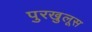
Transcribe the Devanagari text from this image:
पुरखुलूस